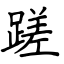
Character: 蹉